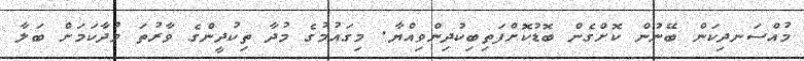
މުއްސަނދިކަން ބޭނުން ކޮށްގެން ބޮޑުކޮށްފަތިބިކުދިންވިއްޔާ. މިގައުމުގެ މުދާ ތިކުދީންގެ ވާރުތަ މުދާކަމަށް ބަލާ